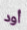
أود